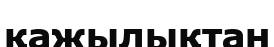
қажылықтан